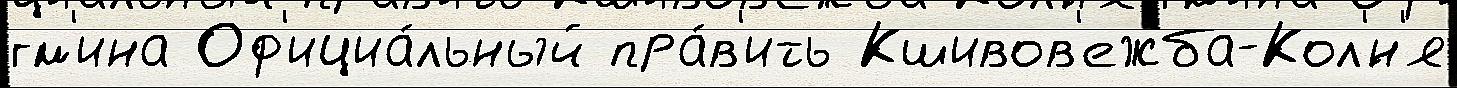
гм'ина Оф'ициа́льный пра́в'ить Кшивов'ежба-Кол'́н'я